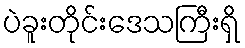
ပဲခူးတိုင်းဒေသကြီးရှိ